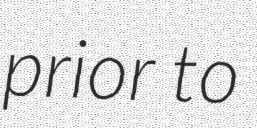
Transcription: prior to